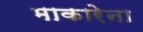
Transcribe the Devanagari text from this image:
माकारेना